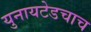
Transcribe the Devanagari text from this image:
युनायटेडचाच